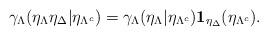
LaTeX: \begin{align*} \gamma_\Lambda(\eta_{\Lambda}\eta_\Delta | \eta_{\Lambda^c}) = \gamma_{\Lambda}(\eta_{\Lambda}|\eta_{\Lambda^c}) \mathbf{1}_{\eta_\Delta}(\eta_{\Lambda^c}). \end{align*}